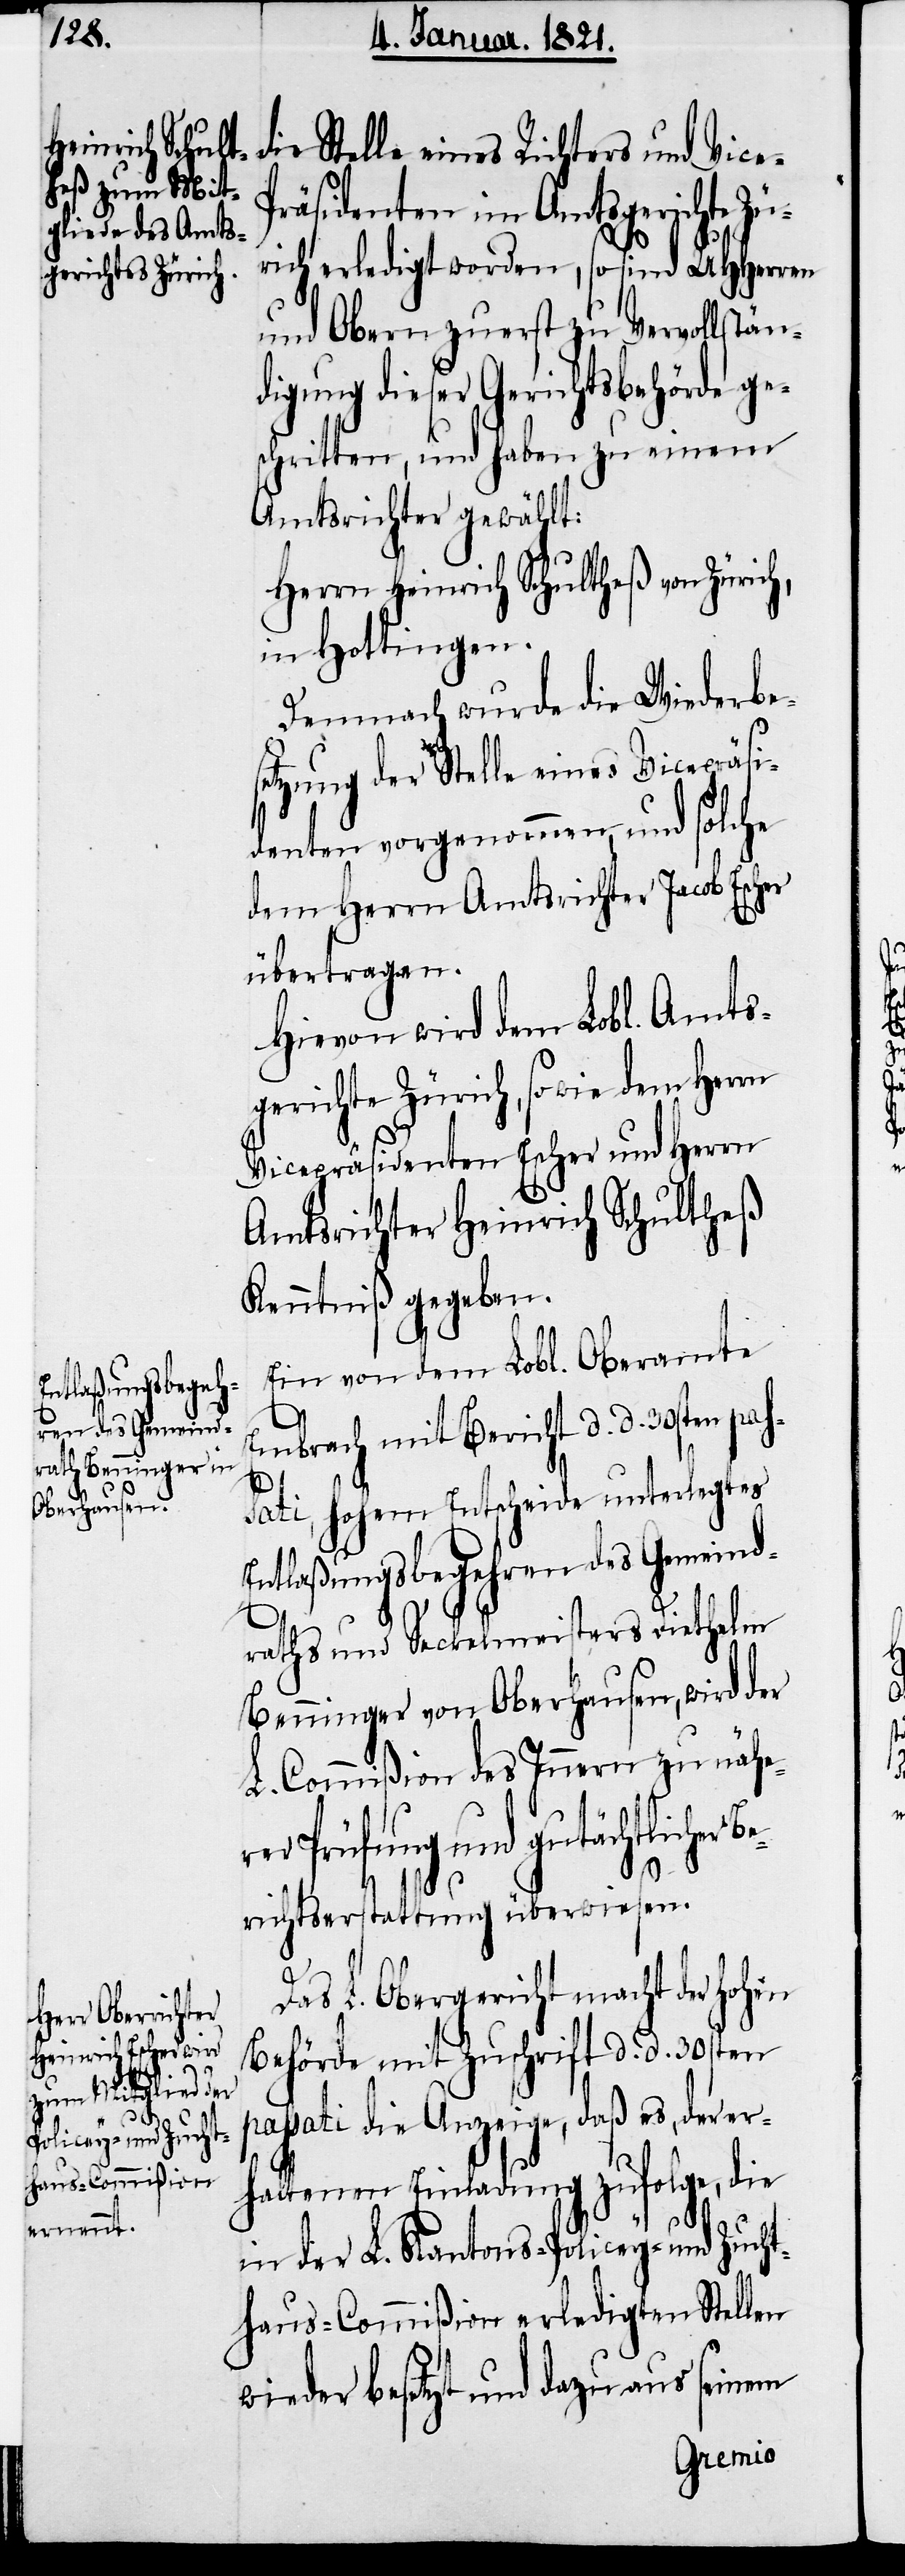
Entlaßungsbegeh¬
ren des Gemeind¬
e-P¬

die Stelle eines Richters und Vic¬
räsidenten im Amtsgerichte Zü¬
rich erledigt worden, so sind UHHerren
und Obern zuerst zu Vervollstän¬
digung dieser Gerichtsbehörde ge¬
schritten, und haben zu einem
Amtsrichter gewählt:
Herrn Heinrich Schultheß von Zürich,
in Hottingen.
Demnach wurde die Wiederbes¬
etzung der Stelle eines Vicepräsi¬
denten vorgenommen, und solche
dem Herrn Amtsrichter Jacob Escher
übertragen.
Hievon wird dem Lobl. Amts¬
gerichte Zürich, sowie dem Herrn
Vicepräsidenten Escher und Herrn
Amtsrichter Heinrich Schultheß
Kenntniß gegeben.
Ein von dem Lobl. Oberamte
Embrach mit Bericht d. d. 30sten pas¬
sati, hohem Entscheide unterlegtes
raths und Seckelmeisters Diethelm
Benninger von Oberhausen, wird der
L. Commißion des Innern zu näh¬
Prüfung und gutächtlicher
Berichtserstattung überwiesen.
Das L. Obergericht macht der hohen
Behörde mit Zuschrift d. d. 30sten
passati die Anzeige, daß es, der er¬
haltenen Einladung zufolge, die
in der L. Kantons-Policey- und Zucht¬
haus-Commißion erledigten Stellen
wieder besetzt und dazu aus seinem
erer